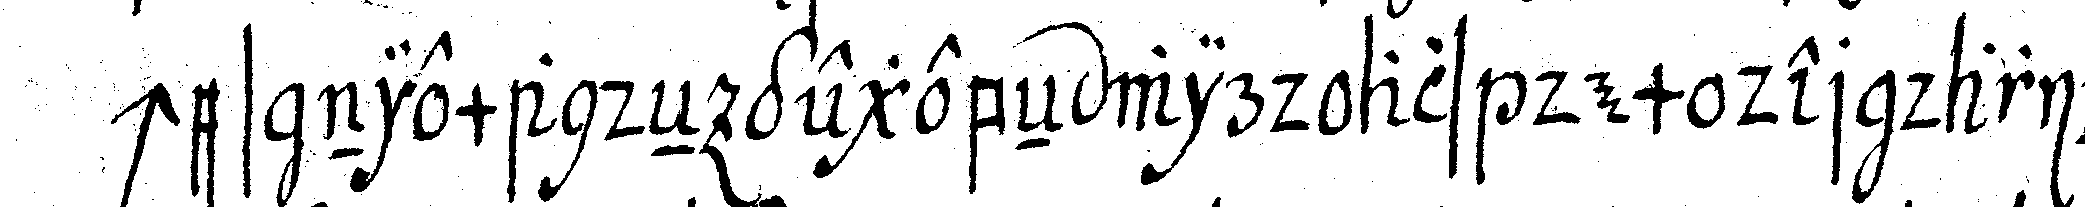
ches niemandeN gegebeN wird als dem der darinn